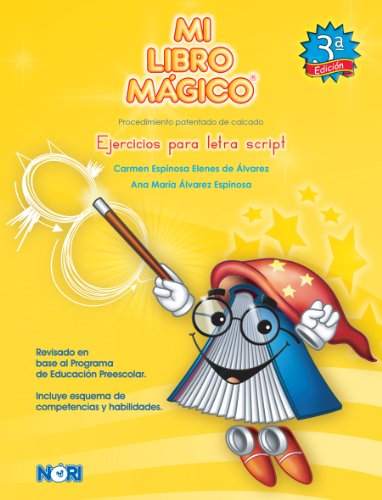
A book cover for Ejercicios para letra Script / Script Letter Exercises: Procedimiento patentado de calcado / Trace Procedure (Mi Libro MÃ¡gico / My Magic Book) (Spanish Edition); Ana Maria Alvarez Espinosa; Reference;